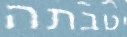
יטבתה